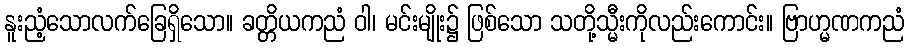
နူးညံ့သောလက်ခြေရှိသော။ ခတ္တိယကညံ ဝါ၊ မင်းမျိုး၌ ဖြစ်သော သတို့သ္မီးကိုလည်းကောင်း။ ဗြာဟ္မဏကညံ